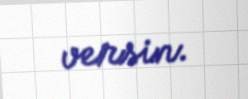
versin.